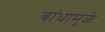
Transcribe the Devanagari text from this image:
बांधामुळे